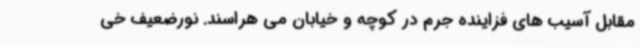
مقابل آسیب های فزاینده جرم در کوچه و خیابان می هراسند. نورضعیف خی